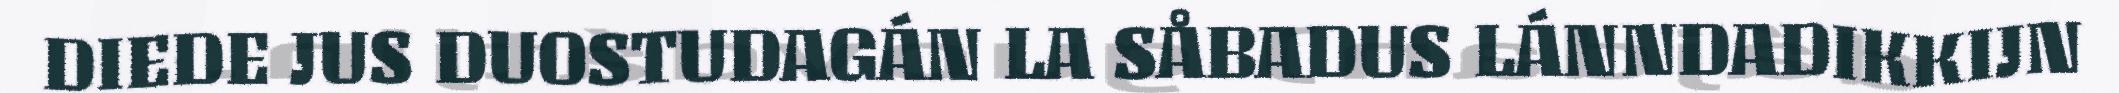
DIEDE JUS DUOSTUDAGÁN LA SÅBADUS LÁNNDADIKKIJN